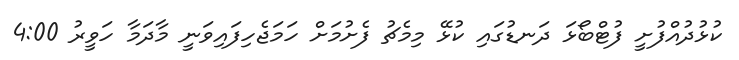
ކުޅުދުއްފުށީ ފުޓްބޯޅަ ދަނޑުގައި ކުޅޭ މިމެޗު ފެށުމަށް ހަމަޖެހިފައިވަނީ މާދަމާ ހަވީރު 4:00